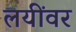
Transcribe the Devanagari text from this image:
लयींवर